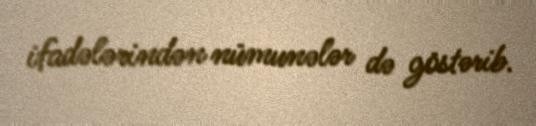
ifadələrindən nümunələr də göstərib.